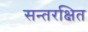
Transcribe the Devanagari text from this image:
सन्तरक्षित